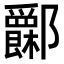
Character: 𨟧